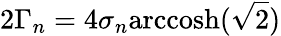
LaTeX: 2\Gamma_{n}=4\sigma_{n}\textrm{arccosh}(\sqrt{2})